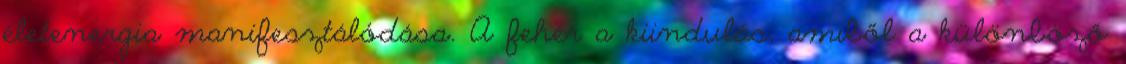
életenergia manifesztálódása. A fehér a kiindulás, amiből a különböző